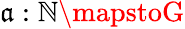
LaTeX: \mathfrak{a}:\mathbb{{N}}\mapstoG